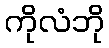
ကိုလံဘို